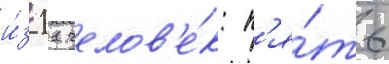
и́з 11 челов'е́к: п'я́ть